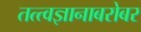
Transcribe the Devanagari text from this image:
तत्त्वज्ञानाबरोबर